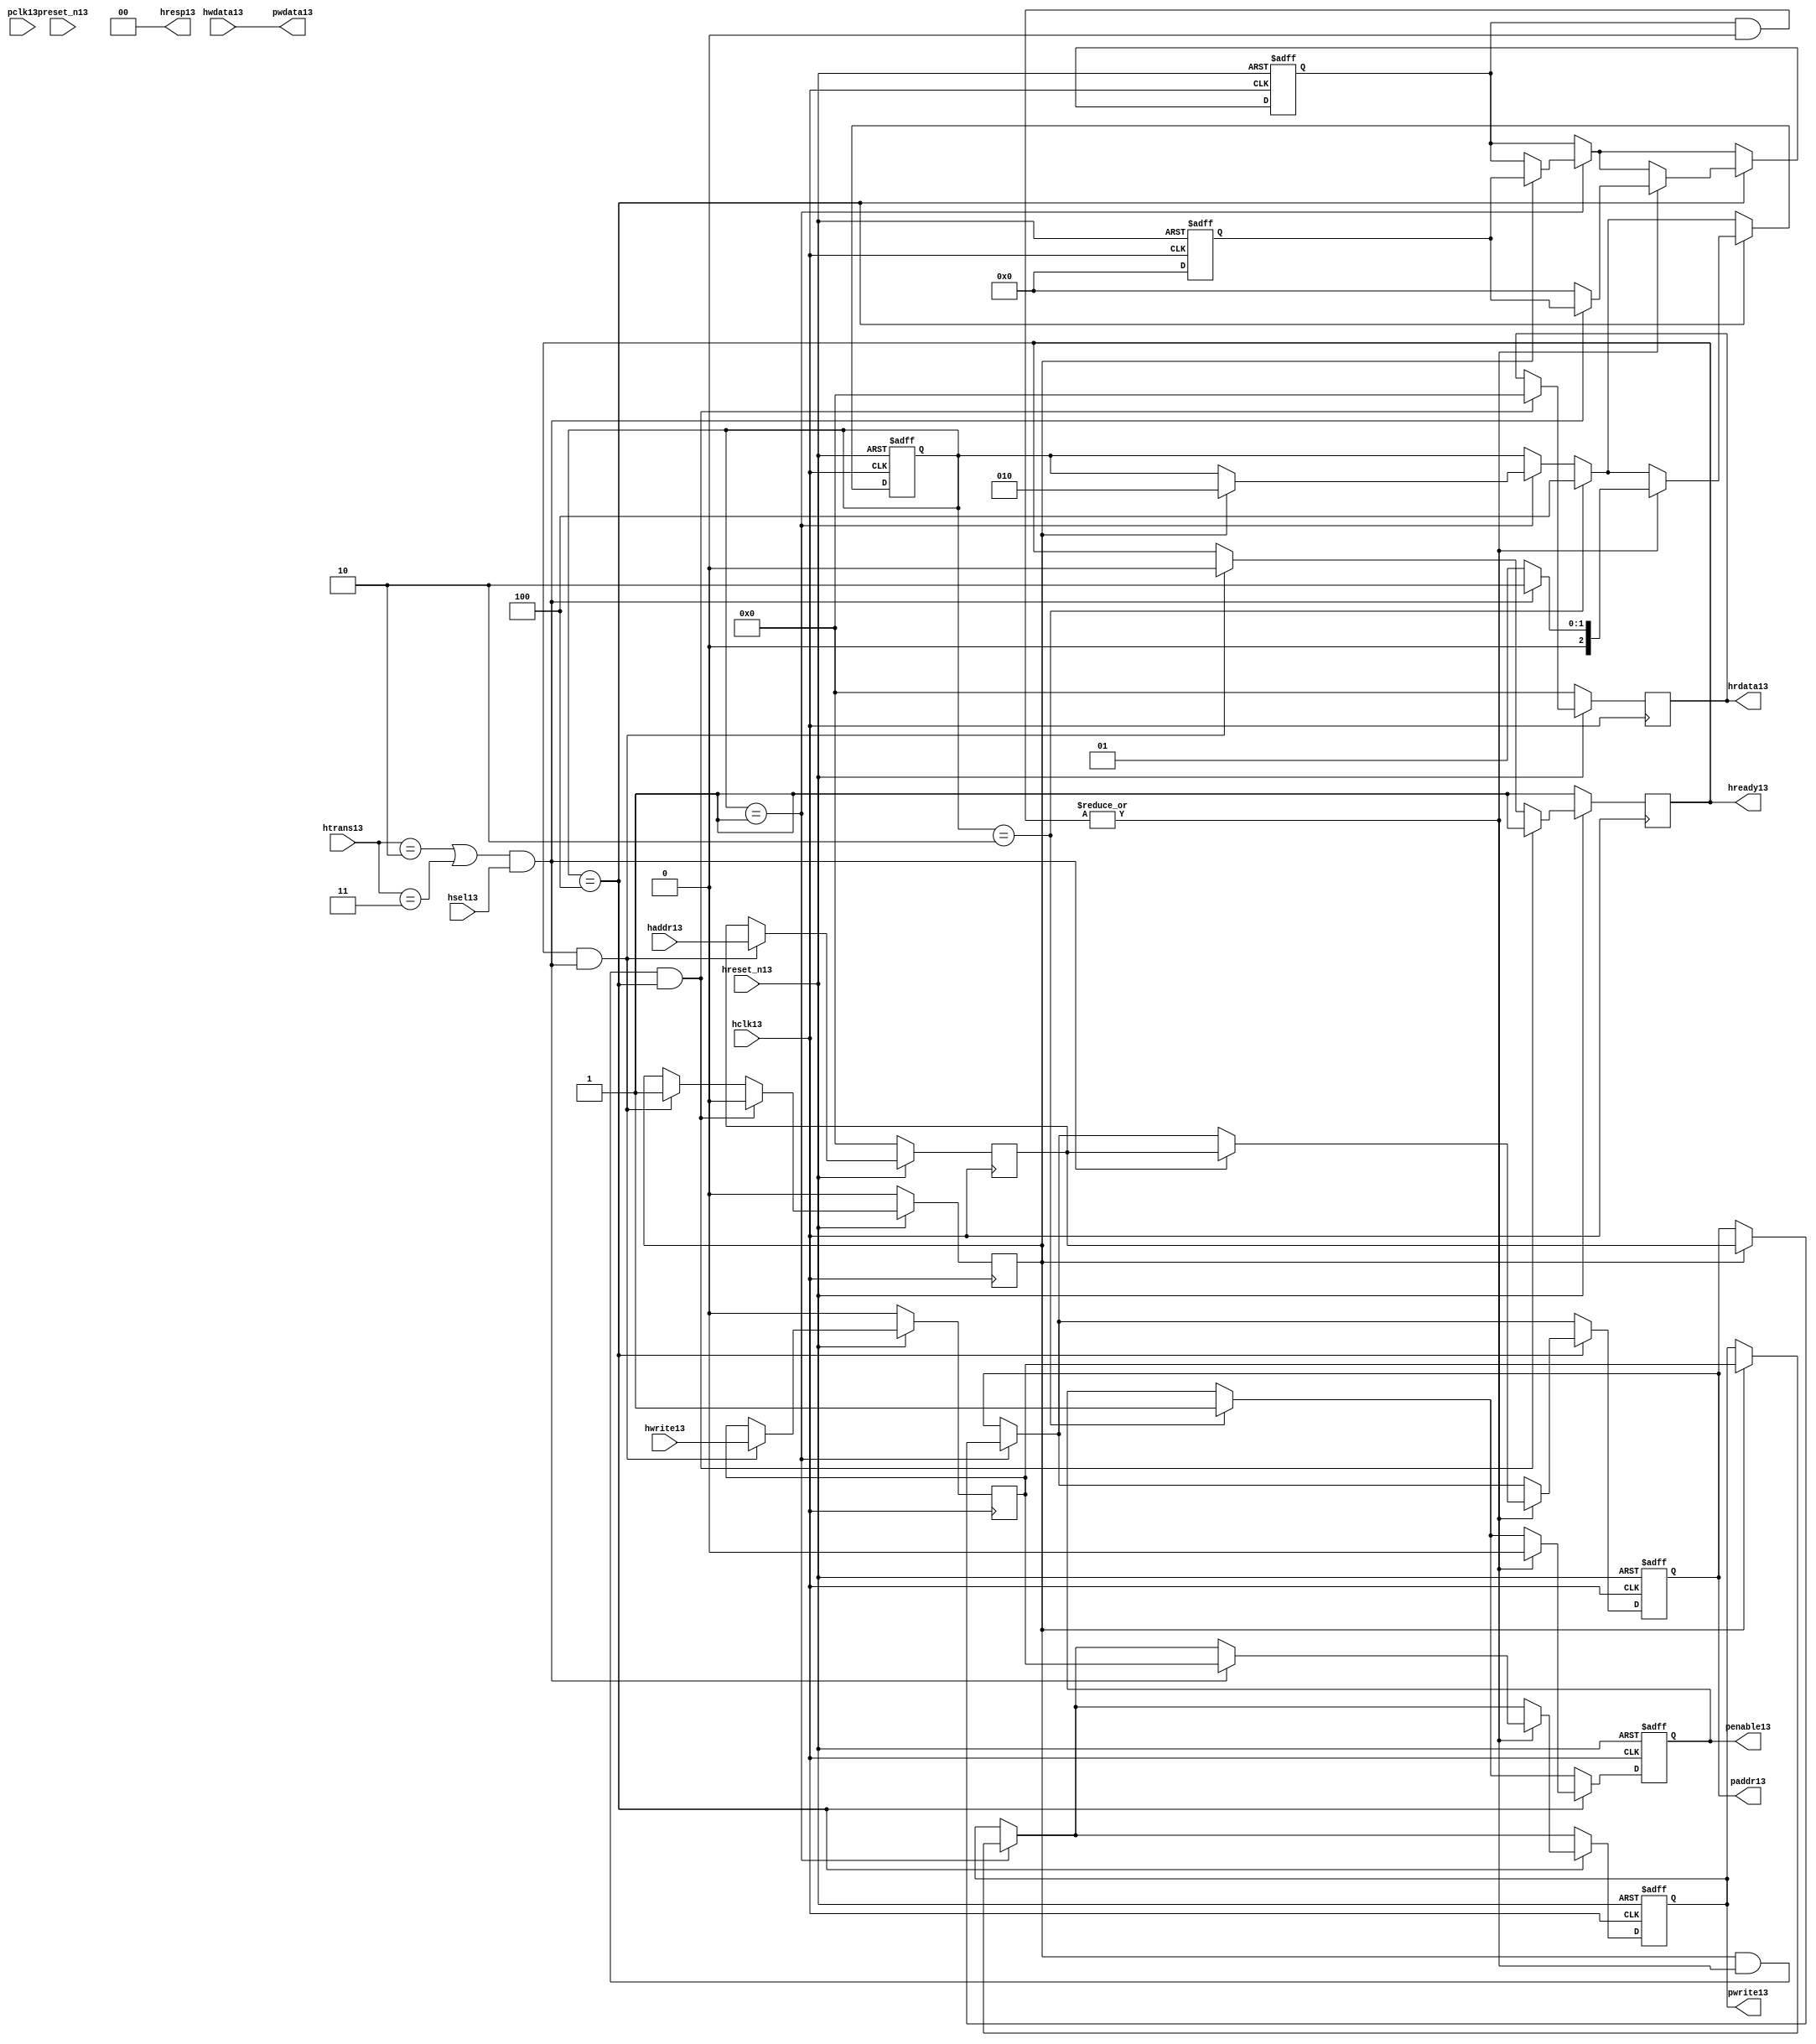
module ahb2apb13
(
  // AHB13 signals13
  hclk13,
  hreset_n13,
  hsel13,
  haddr13,
  htrans13,
  hwdata13,
  hwrite13,
  hrdata13,
  hready13,
  hresp13,
  
  // APB13 signals13 common to all APB13 slaves13
  pclk13,
  preset_n13,
  paddr13,
  penable13,
  pwrite13,
  pwdata13
  
  // Slave13 0 signals13
  `ifdef APB_SLAVE013
  ,psel013
  ,pready013
  ,prdata013
  `endif
  
  // Slave13 1 signals13
  `ifdef APB_SLAVE113
  ,psel113
  ,pready113
  ,prdata113
  `endif
  
  // Slave13 2 signals13
  `ifdef APB_SLAVE213
  ,psel213
  ,pready213
  ,prdata213
  `endif
  
  // Slave13 3 signals13
  `ifdef APB_SLAVE313
  ,psel313
  ,pready313
  ,prdata313
  `endif
  
  // Slave13 4 signals13
  `ifdef APB_SLAVE413
  ,psel413
  ,pready413
  ,prdata413
  `endif
  
  // Slave13 5 signals13
  `ifdef APB_SLAVE513
  ,psel513
  ,pready513
  ,prdata513
  `endif
  
  // Slave13 6 signals13
  `ifdef APB_SLAVE613
  ,psel613
  ,pready613
  ,prdata613
  `endif
  
  // Slave13 7 signals13
  `ifdef APB_SLAVE713
  ,psel713
  ,pready713
  ,prdata713
  `endif
  
  // Slave13 8 signals13
  `ifdef APB_SLAVE813
  ,psel813
  ,pready813
  ,prdata813
  `endif
  
  // Slave13 9 signals13
  `ifdef APB_SLAVE913
  ,psel913
  ,pready913
  ,prdata913
  `endif
  
  // Slave13 10 signals13
  `ifdef APB_SLAVE1013
  ,psel1013
  ,pready1013
  ,prdata1013
  `endif
  
  // Slave13 11 signals13
  `ifdef APB_SLAVE1113
  ,psel1113
  ,pready1113
  ,prdata1113
  `endif
  
  // Slave13 12 signals13
  `ifdef APB_SLAVE1213
  ,psel1213
  ,pready1213
  ,prdata1213
  `endif
  
  // Slave13 13 signals13
  `ifdef APB_SLAVE1313
  ,psel1313
  ,pready1313
  ,prdata1313
  `endif
  
  // Slave13 14 signals13
  `ifdef APB_SLAVE1413
  ,psel1413
  ,pready1413
  ,prdata1413
  `endif
  
  // Slave13 15 signals13
  `ifdef APB_SLAVE1513
  ,psel1513
  ,pready1513
  ,prdata1513
  `endif
  
);

parameter 
  APB_SLAVE0_START_ADDR13  = 32'h00000000,
  APB_SLAVE0_END_ADDR13    = 32'h00000000,
  APB_SLAVE1_START_ADDR13  = 32'h00000000,
  APB_SLAVE1_END_ADDR13    = 32'h00000000,
  APB_SLAVE2_START_ADDR13  = 32'h00000000,
  APB_SLAVE2_END_ADDR13    = 32'h00000000,
  APB_SLAVE3_START_ADDR13  = 32'h00000000,
  APB_SLAVE3_END_ADDR13    = 32'h00000000,
  APB_SLAVE4_START_ADDR13  = 32'h00000000,
  APB_SLAVE4_END_ADDR13    = 32'h00000000,
  APB_SLAVE5_START_ADDR13  = 32'h00000000,
  APB_SLAVE5_END_ADDR13    = 32'h00000000,
  APB_SLAVE6_START_ADDR13  = 32'h00000000,
  APB_SLAVE6_END_ADDR13    = 32'h00000000,
  APB_SLAVE7_START_ADDR13  = 32'h00000000,
  APB_SLAVE7_END_ADDR13    = 32'h00000000,
  APB_SLAVE8_START_ADDR13  = 32'h00000000,
  APB_SLAVE8_END_ADDR13    = 32'h00000000,
  APB_SLAVE9_START_ADDR13  = 32'h00000000,
  APB_SLAVE9_END_ADDR13    = 32'h00000000,
  APB_SLAVE10_START_ADDR13  = 32'h00000000,
  APB_SLAVE10_END_ADDR13    = 32'h00000000,
  APB_SLAVE11_START_ADDR13  = 32'h00000000,
  APB_SLAVE11_END_ADDR13    = 32'h00000000,
  APB_SLAVE12_START_ADDR13  = 32'h00000000,
  APB_SLAVE12_END_ADDR13    = 32'h00000000,
  APB_SLAVE13_START_ADDR13  = 32'h00000000,
  APB_SLAVE13_END_ADDR13    = 32'h00000000,
  APB_SLAVE14_START_ADDR13  = 32'h00000000,
  APB_SLAVE14_END_ADDR13    = 32'h00000000,
  APB_SLAVE15_START_ADDR13  = 32'h00000000,
  APB_SLAVE15_END_ADDR13    = 32'h00000000;

  // AHB13 signals13
input        hclk13;
input        hreset_n13;
input        hsel13;
input[31:0]  haddr13;
input[1:0]   htrans13;
input[31:0]  hwdata13;
input        hwrite13;
output[31:0] hrdata13;
reg   [31:0] hrdata13;
output       hready13;
output[1:0]  hresp13;
  
  // APB13 signals13 common to all APB13 slaves13
input       pclk13;
input       preset_n13;
output[31:0] paddr13;
reg   [31:0] paddr13;
output       penable13;
reg          penable13;
output       pwrite13;
reg          pwrite13;
output[31:0] pwdata13;
  
  // Slave13 0 signals13
`ifdef APB_SLAVE013
  output      psel013;
  input       pready013;
  input[31:0] prdata013;
`endif
  
  // Slave13 1 signals13
`ifdef APB_SLAVE113
  output      psel113;
  input       pready113;
  input[31:0] prdata113;
`endif
  
  // Slave13 2 signals13
`ifdef APB_SLAVE213
  output      psel213;
  input       pready213;
  input[31:0] prdata213;
`endif
  
  // Slave13 3 signals13
`ifdef APB_SLAVE313
  output      psel313;
  input       pready313;
  input[31:0] prdata313;
`endif
  
  // Slave13 4 signals13
`ifdef APB_SLAVE413
  output      psel413;
  input       pready413;
  input[31:0] prdata413;
`endif
  
  // Slave13 5 signals13
`ifdef APB_SLAVE513
  output      psel513;
  input       pready513;
  input[31:0] prdata513;
`endif
  
  // Slave13 6 signals13
`ifdef APB_SLAVE613
  output      psel613;
  input       pready613;
  input[31:0] prdata613;
`endif
  
  // Slave13 7 signals13
`ifdef APB_SLAVE713
  output      psel713;
  input       pready713;
  input[31:0] prdata713;
`endif
  
  // Slave13 8 signals13
`ifdef APB_SLAVE813
  output      psel813;
  input       pready813;
  input[31:0] prdata813;
`endif
  
  // Slave13 9 signals13
`ifdef APB_SLAVE913
  output      psel913;
  input       pready913;
  input[31:0] prdata913;
`endif
  
  // Slave13 10 signals13
`ifdef APB_SLAVE1013
  output      psel1013;
  input       pready1013;
  input[31:0] prdata1013;
`endif
  
  // Slave13 11 signals13
`ifdef APB_SLAVE1113
  output      psel1113;
  input       pready1113;
  input[31:0] prdata1113;
`endif
  
  // Slave13 12 signals13
`ifdef APB_SLAVE1213
  output      psel1213;
  input       pready1213;
  input[31:0] prdata1213;
`endif
  
  // Slave13 13 signals13
`ifdef APB_SLAVE1313
  output      psel1313;
  input       pready1313;
  input[31:0] prdata1313;
`endif
  
  // Slave13 14 signals13
`ifdef APB_SLAVE1413
  output      psel1413;
  input       pready1413;
  input[31:0] prdata1413;
`endif
  
  // Slave13 15 signals13
`ifdef APB_SLAVE1513
  output      psel1513;
  input       pready1513;
  input[31:0] prdata1513;
`endif
 
reg         ahb_addr_phase13;
reg         ahb_data_phase13;
wire        valid_ahb_trans13;
wire        pready_muxed13;
wire [31:0] prdata_muxed13;
reg  [31:0] haddr_reg13;
reg         hwrite_reg13;
reg  [2:0]  apb_state13;
wire [2:0]  apb_state_idle13;
wire [2:0]  apb_state_setup13;
wire [2:0]  apb_state_access13;
reg  [15:0] slave_select13;
wire [15:0] pready_vector13;
reg  [15:0] psel_vector13;
wire [31:0] prdata0_q13;
wire [31:0] prdata1_q13;
wire [31:0] prdata2_q13;
wire [31:0] prdata3_q13;
wire [31:0] prdata4_q13;
wire [31:0] prdata5_q13;
wire [31:0] prdata6_q13;
wire [31:0] prdata7_q13;
wire [31:0] prdata8_q13;
wire [31:0] prdata9_q13;
wire [31:0] prdata10_q13;
wire [31:0] prdata11_q13;
wire [31:0] prdata12_q13;
wire [31:0] prdata13_q13;
wire [31:0] prdata14_q13;
wire [31:0] prdata15_q13;

// assign pclk13     = hclk13;
// assign preset_n13 = hreset_n13;
assign hready13   = ahb_addr_phase13;
assign pwdata13   = hwdata13;
assign hresp13  = 2'b00;

// Respond13 to NONSEQ13 or SEQ transfers13
assign valid_ahb_trans13 = ((htrans13 == 2'b10) || (htrans13 == 2'b11)) && (hsel13 == 1'b1);

always @(posedge hclk13) begin
  if (hreset_n13 == 1'b0) begin
    ahb_addr_phase13 <= 1'b1;
    ahb_data_phase13 <= 1'b0;
    haddr_reg13      <= 'b0;
    hwrite_reg13     <= 1'b0;
    hrdata13         <= 'b0;
  end
  else begin
    if (ahb_addr_phase13 == 1'b1 && valid_ahb_trans13 == 1'b1) begin
      ahb_addr_phase13 <= 1'b0;
      ahb_data_phase13 <= 1'b1;
      haddr_reg13      <= haddr13;
      hwrite_reg13     <= hwrite13;
    end
    if (ahb_data_phase13 == 1'b1 && pready_muxed13 == 1'b1 && apb_state13 == apb_state_access13) begin
      ahb_addr_phase13 <= 1'b1;
      ahb_data_phase13 <= 1'b0;
      hrdata13         <= prdata_muxed13;
    end
  end
end

// APB13 state machine13 state definitions13
assign apb_state_idle13   = 3'b001;
assign apb_state_setup13  = 3'b010;
assign apb_state_access13 = 3'b100;

// APB13 state machine13
always @(posedge hclk13 or negedge hreset_n13) begin
  if (hreset_n13 == 1'b0) begin
    apb_state13   <= apb_state_idle13;
    psel_vector13 <= 1'b0;
    penable13     <= 1'b0;
    paddr13       <= 1'b0;
    pwrite13      <= 1'b0;
  end  
  else begin
    
    // IDLE13 -> SETUP13
    if (apb_state13 == apb_state_idle13) begin
      if (ahb_data_phase13 == 1'b1) begin
        apb_state13   <= apb_state_setup13;
        psel_vector13 <= slave_select13;
        paddr13       <= haddr_reg13;
        pwrite13      <= hwrite_reg13;
      end  
    end
    
    // SETUP13 -> TRANSFER13
    if (apb_state13 == apb_state_setup13) begin
      apb_state13 <= apb_state_access13;
      penable13   <= 1'b1;
    end
    
    // TRANSFER13 -> SETUP13 or
    // TRANSFER13 -> IDLE13
    if (apb_state13 == apb_state_access13) begin
      if (pready_muxed13 == 1'b1) begin
      
        // TRANSFER13 -> SETUP13
        if (valid_ahb_trans13 == 1'b1) begin
          apb_state13   <= apb_state_setup13;
          penable13     <= 1'b0;
          psel_vector13 <= slave_select13;
          paddr13       <= haddr_reg13;
          pwrite13      <= hwrite_reg13;
        end  
        
        // TRANSFER13 -> IDLE13
        else begin
          apb_state13   <= apb_state_idle13;      
          penable13     <= 1'b0;
          psel_vector13 <= 'b0;
        end  
      end
    end
    
  end
end

always @(posedge hclk13 or negedge hreset_n13) begin
  if (hreset_n13 == 1'b0)
    slave_select13 <= 'b0;
  else begin  
  `ifdef APB_SLAVE013
     slave_select13[0]   <= valid_ahb_trans13 && (haddr13 >= APB_SLAVE0_START_ADDR13)  && (haddr13 <= APB_SLAVE0_END_ADDR13);
   `else
     slave_select13[0]   <= 1'b0;
   `endif
   
   `ifdef APB_SLAVE113
     slave_select13[1]   <= valid_ahb_trans13 && (haddr13 >= APB_SLAVE1_START_ADDR13)  && (haddr13 <= APB_SLAVE1_END_ADDR13);
   `else
     slave_select13[1]   <= 1'b0;
   `endif  
     
   `ifdef APB_SLAVE213  
     slave_select13[2]   <= valid_ahb_trans13 && (haddr13 >= APB_SLAVE2_START_ADDR13)  && (haddr13 <= APB_SLAVE2_END_ADDR13);
   `else
     slave_select13[2]   <= 1'b0;
   `endif  
     
   `ifdef APB_SLAVE313  
     slave_select13[3]   <= valid_ahb_trans13 && (haddr13 >= APB_SLAVE3_START_ADDR13)  && (haddr13 <= APB_SLAVE3_END_ADDR13);
   `else
     slave_select13[3]   <= 1'b0;
   `endif  
     
   `ifdef APB_SLAVE413  
     slave_select13[4]   <= valid_ahb_trans13 && (haddr13 >= APB_SLAVE4_START_ADDR13)  && (haddr13 <= APB_SLAVE4_END_ADDR13);
   `else
     slave_select13[4]   <= 1'b0;
   `endif  
     
   `ifdef APB_SLAVE513  
     slave_select13[5]   <= valid_ahb_trans13 && (haddr13 >= APB_SLAVE5_START_ADDR13)  && (haddr13 <= APB_SLAVE5_END_ADDR13);
   `else
     slave_select13[5]   <= 1'b0;
   `endif  
     
   `ifdef APB_SLAVE613  
     slave_select13[6]   <= valid_ahb_trans13 && (haddr13 >= APB_SLAVE6_START_ADDR13)  && (haddr13 <= APB_SLAVE6_END_ADDR13);
   `else
     slave_select13[6]   <= 1'b0;
   `endif  
     
   `ifdef APB_SLAVE713  
     slave_select13[7]   <= valid_ahb_trans13 && (haddr13 >= APB_SLAVE7_START_ADDR13)  && (haddr13 <= APB_SLAVE7_END_ADDR13);
   `else
     slave_select13[7]   <= 1'b0;
   `endif  
     
   `ifdef APB_SLAVE813  
     slave_select13[8]   <= valid_ahb_trans13 && (haddr13 >= APB_SLAVE8_START_ADDR13)  && (haddr13 <= APB_SLAVE8_END_ADDR13);
   `else
     slave_select13[8]   <= 1'b0;
   `endif  
     
   `ifdef APB_SLAVE913  
     slave_select13[9]   <= valid_ahb_trans13 && (haddr13 >= APB_SLAVE9_START_ADDR13)  && (haddr13 <= APB_SLAVE9_END_ADDR13);
   `else
     slave_select13[9]   <= 1'b0;
   `endif  
     
   `ifdef APB_SLAVE1013  
     slave_select13[10]  <= valid_ahb_trans13 && (haddr13 >= APB_SLAVE10_START_ADDR13) && (haddr13 <= APB_SLAVE10_END_ADDR13);
   `else
     slave_select13[10]   <= 1'b0;
   `endif  
     
   `ifdef APB_SLAVE1113  
     slave_select13[11]  <= valid_ahb_trans13 && (haddr13 >= APB_SLAVE11_START_ADDR13) && (haddr13 <= APB_SLAVE11_END_ADDR13);
   `else
     slave_select13[11]   <= 1'b0;
   `endif  
     
   `ifdef APB_SLAVE1213  
     slave_select13[12]  <= valid_ahb_trans13 && (haddr13 >= APB_SLAVE12_START_ADDR13) && (haddr13 <= APB_SLAVE12_END_ADDR13);
   `else
     slave_select13[12]   <= 1'b0;
   `endif  
     
   `ifdef APB_SLAVE1313  
     slave_select13[13]  <= valid_ahb_trans13 && (haddr13 >= APB_SLAVE13_START_ADDR13) && (haddr13 <= APB_SLAVE13_END_ADDR13);
   `else
     slave_select13[13]   <= 1'b0;
   `endif  
     
   `ifdef APB_SLAVE1413  
     slave_select13[14]  <= valid_ahb_trans13 && (haddr13 >= APB_SLAVE14_START_ADDR13) && (haddr13 <= APB_SLAVE14_END_ADDR13);
   `else
     slave_select13[14]   <= 1'b0;
   `endif  
     
   `ifdef APB_SLAVE1513  
     slave_select13[15]  <= valid_ahb_trans13 && (haddr13 >= APB_SLAVE15_START_ADDR13) && (haddr13 <= APB_SLAVE15_END_ADDR13);
   `else
     slave_select13[15]   <= 1'b0;
   `endif  
  end
end

assign pready_muxed13 = |(psel_vector13 & pready_vector13);
assign prdata_muxed13 = prdata0_q13  | prdata1_q13  | prdata2_q13  | prdata3_q13  |
                      prdata4_q13  | prdata5_q13  | prdata6_q13  | prdata7_q13  |
                      prdata8_q13  | prdata9_q13  | prdata10_q13 | prdata11_q13 |
                      prdata12_q13 | prdata13_q13 | prdata14_q13 | prdata15_q13 ;

`ifdef APB_SLAVE013
  assign psel013            = psel_vector13[0];
  assign pready_vector13[0] = pready013;
  assign prdata0_q13        = (psel013 == 1'b1) ? prdata013 : 'b0;
`else
  assign pready_vector13[0] = 1'b0;
  assign prdata0_q13        = 'b0;
`endif

`ifdef APB_SLAVE113
  assign psel113            = psel_vector13[1];
  assign pready_vector13[1] = pready113;
  assign prdata1_q13        = (psel113 == 1'b1) ? prdata113 : 'b0;
`else
  assign pready_vector13[1] = 1'b0;
  assign prdata1_q13        = 'b0;
`endif

`ifdef APB_SLAVE213
  assign psel213            = psel_vector13[2];
  assign pready_vector13[2] = pready213;
  assign prdata2_q13        = (psel213 == 1'b1) ? prdata213 : 'b0;
`else
  assign pready_vector13[2] = 1'b0;
  assign prdata2_q13        = 'b0;
`endif

`ifdef APB_SLAVE313
  assign psel313            = psel_vector13[3];
  assign pready_vector13[3] = pready313;
  assign prdata3_q13        = (psel313 == 1'b1) ? prdata313 : 'b0;
`else
  assign pready_vector13[3] = 1'b0;
  assign prdata3_q13        = 'b0;
`endif

`ifdef APB_SLAVE413
  assign psel413            = psel_vector13[4];
  assign pready_vector13[4] = pready413;
  assign prdata4_q13        = (psel413 == 1'b1) ? prdata413 : 'b0;
`else
  assign pready_vector13[4] = 1'b0;
  assign prdata4_q13        = 'b0;
`endif

`ifdef APB_SLAVE513
  assign psel513            = psel_vector13[5];
  assign pready_vector13[5] = pready513;
  assign prdata5_q13        = (psel513 == 1'b1) ? prdata513 : 'b0;
`else
  assign pready_vector13[5] = 1'b0;
  assign prdata5_q13        = 'b0;
`endif

`ifdef APB_SLAVE613
  assign psel613            = psel_vector13[6];
  assign pready_vector13[6] = pready613;
  assign prdata6_q13        = (psel613 == 1'b1) ? prdata613 : 'b0;
`else
  assign pready_vector13[6] = 1'b0;
  assign prdata6_q13        = 'b0;
`endif

`ifdef APB_SLAVE713
  assign psel713            = psel_vector13[7];
  assign pready_vector13[7] = pready713;
  assign prdata7_q13        = (psel713 == 1'b1) ? prdata713 : 'b0;
`else
  assign pready_vector13[7] = 1'b0;
  assign prdata7_q13        = 'b0;
`endif

`ifdef APB_SLAVE813
  assign psel813            = psel_vector13[8];
  assign pready_vector13[8] = pready813;
  assign prdata8_q13        = (psel813 == 1'b1) ? prdata813 : 'b0;
`else
  assign pready_vector13[8] = 1'b0;
  assign prdata8_q13        = 'b0;
`endif

`ifdef APB_SLAVE913
  assign psel913            = psel_vector13[9];
  assign pready_vector13[9] = pready913;
  assign prdata9_q13        = (psel913 == 1'b1) ? prdata913 : 'b0;
`else
  assign pready_vector13[9] = 1'b0;
  assign prdata9_q13        = 'b0;
`endif

`ifdef APB_SLAVE1013
  assign psel1013            = psel_vector13[10];
  assign pready_vector13[10] = pready1013;
  assign prdata10_q13        = (psel1013 == 1'b1) ? prdata1013 : 'b0;
`else
  assign pready_vector13[10] = 1'b0;
  assign prdata10_q13        = 'b0;
`endif

`ifdef APB_SLAVE1113
  assign psel1113            = psel_vector13[11];
  assign pready_vector13[11] = pready1113;
  assign prdata11_q13        = (psel1113 == 1'b1) ? prdata1113 : 'b0;
`else
  assign pready_vector13[11] = 1'b0;
  assign prdata11_q13        = 'b0;
`endif

`ifdef APB_SLAVE1213
  assign psel1213            = psel_vector13[12];
  assign pready_vector13[12] = pready1213;
  assign prdata12_q13        = (psel1213 == 1'b1) ? prdata1213 : 'b0;
`else
  assign pready_vector13[12] = 1'b0;
  assign prdata12_q13        = 'b0;
`endif

`ifdef APB_SLAVE1313
  assign psel1313            = psel_vector13[13];
  assign pready_vector13[13] = pready1313;
  assign prdata13_q13        = (psel1313 == 1'b1) ? prdata1313 : 'b0;
`else
  assign pready_vector13[13] = 1'b0;
  assign prdata13_q13        = 'b0;
`endif

`ifdef APB_SLAVE1413
  assign psel1413            = psel_vector13[14];
  assign pready_vector13[14] = pready1413;
  assign prdata14_q13        = (psel1413 == 1'b1) ? prdata1413 : 'b0;
`else
  assign pready_vector13[14] = 1'b0;
  assign prdata14_q13        = 'b0;
`endif

`ifdef APB_SLAVE1513
  assign psel1513            = psel_vector13[15];
  assign pready_vector13[15] = pready1513;
  assign prdata15_q13        = (psel1513 == 1'b1) ? prdata1513 : 'b0;
`else
  assign pready_vector13[15] = 1'b0;
  assign prdata15_q13        = 'b0;
`endif

endmodule